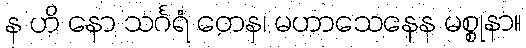
န ဟိ နော သင်္ဂရံ တေန၊ မဟာသေနေန မစ္စုနာ။